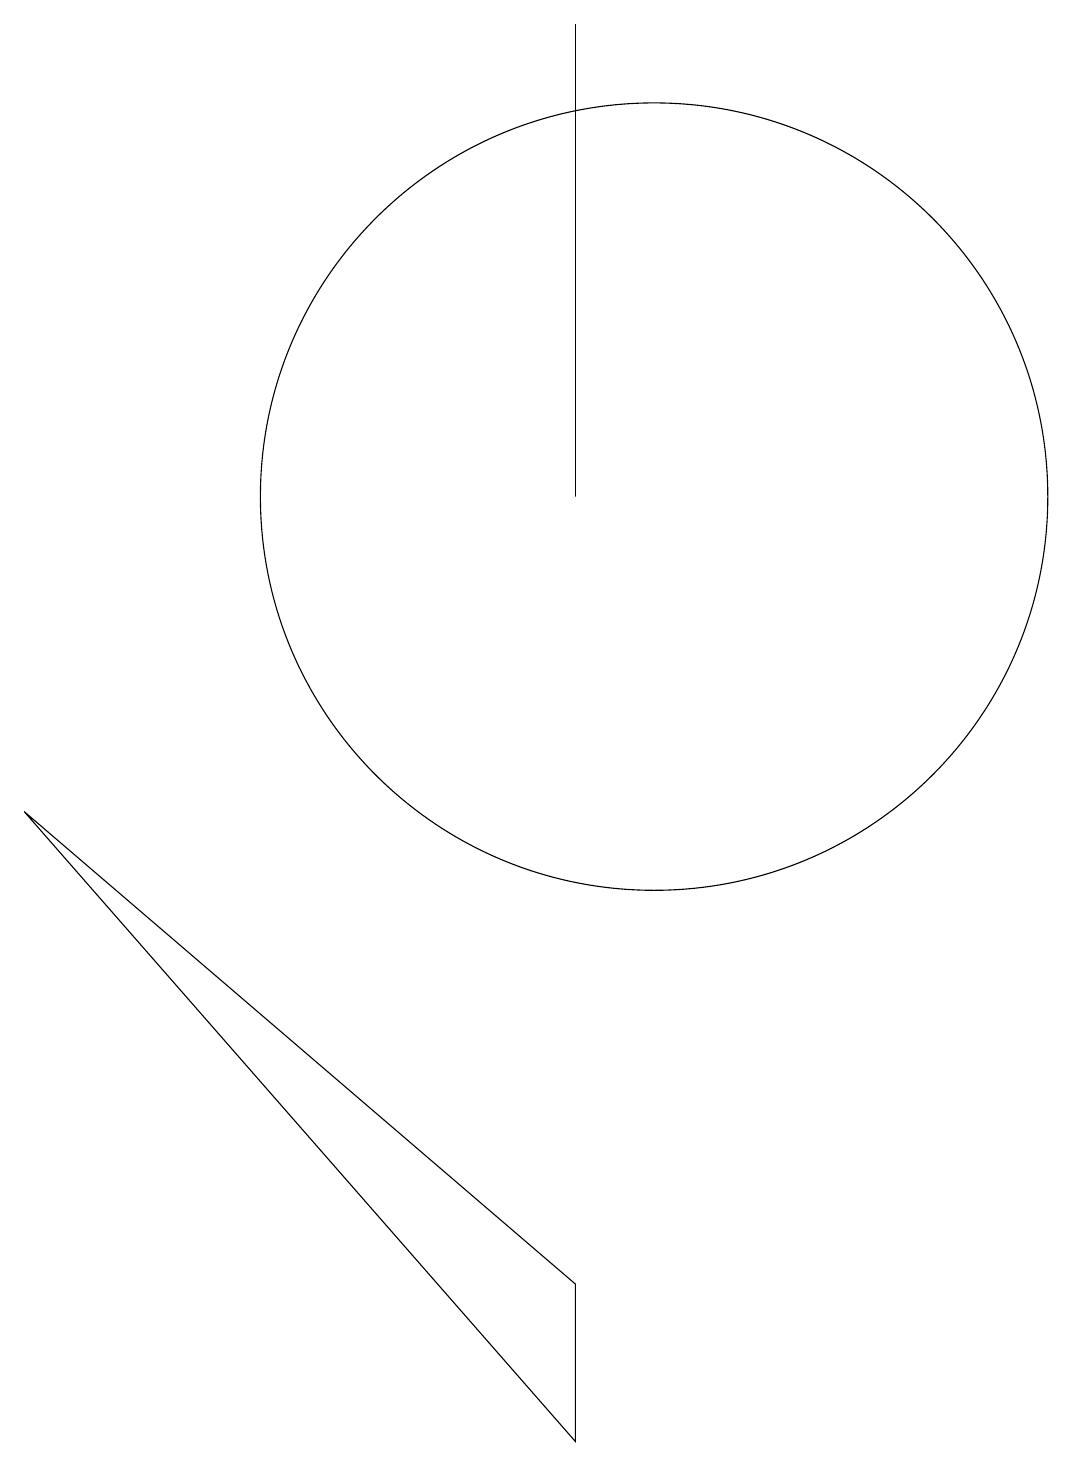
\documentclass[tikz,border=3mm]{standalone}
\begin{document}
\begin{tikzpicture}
\draw (9,12) rectangle (9,18);
\draw (2,8) -- (9,0) -- (9,2) -- cycle;
\draw (10,12) circle (5);
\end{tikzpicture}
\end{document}